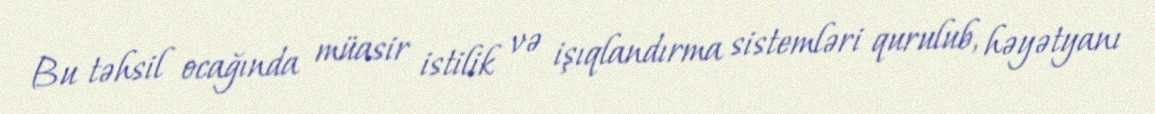
Bu təhsil ocağında müasir istilik və işıqlandırma sistemləri qurulub, həyətyanı